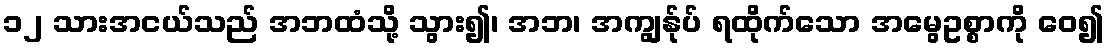
၁၂ သားအငယ်သည် အဘထံသို့ သွား၍၊ အဘ၊ အကျွန်ုပ် ရထိုက်သော အမွေဥစ္စာကို ဝေ၍